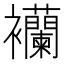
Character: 襽